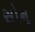
સોનૂ